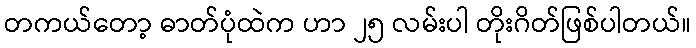
တကယ်တော့ ဓာတ်ပုံထဲက ဟာ ၂၅ လမ်းပါ တိုးဂိတ်ဖြစ်ပါတယ်။